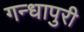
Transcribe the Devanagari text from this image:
गन्धापुरी